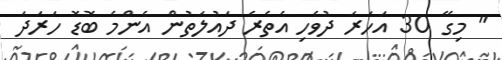
" މިގޭ 30 އަހަރަ ދުވެހި އެތެރެ ދައުލަތުން އެންމެ ބޮޑޮ ހަރަދަ